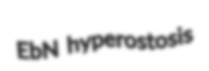
EbN hyperostosis